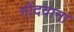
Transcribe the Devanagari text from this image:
गोंदवाना